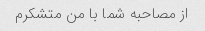
از مصاحبه شما با من متشکرم